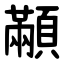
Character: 顢